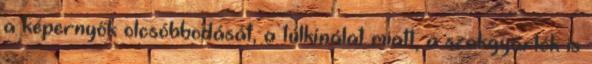
a képernyők olcsóbbodását, a túlkínálat miatt, a szakgyártók is